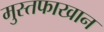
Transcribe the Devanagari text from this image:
मुस्तफाखान